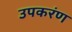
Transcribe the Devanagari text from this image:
उपकरंण